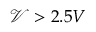
\mathcal { V } > 2 . 5 V